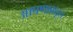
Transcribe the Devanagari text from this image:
आपणाकडून